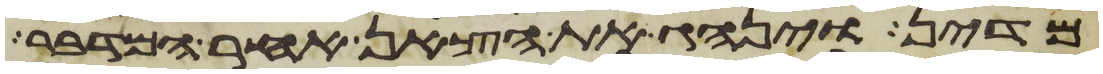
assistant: מדין וינהג את הצאן אחר המדבר